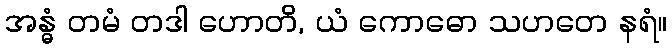
အန္ဓံ တမံ တဒါ ဟောတိ, ယံ ကောဓော သဟတေ နရံ။